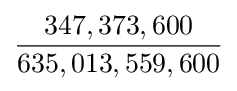
{\frac {347,373,600}{635,013,559,600}}